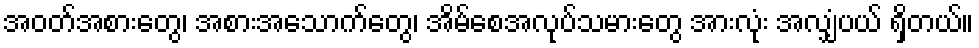
အဝတ်အစားတွေ၊ အစားအသောက်တွေ၊ အိမ်စေအလုပ်သမားတွေ အားလုံး အလျှံပယ် ရှိတယ်။